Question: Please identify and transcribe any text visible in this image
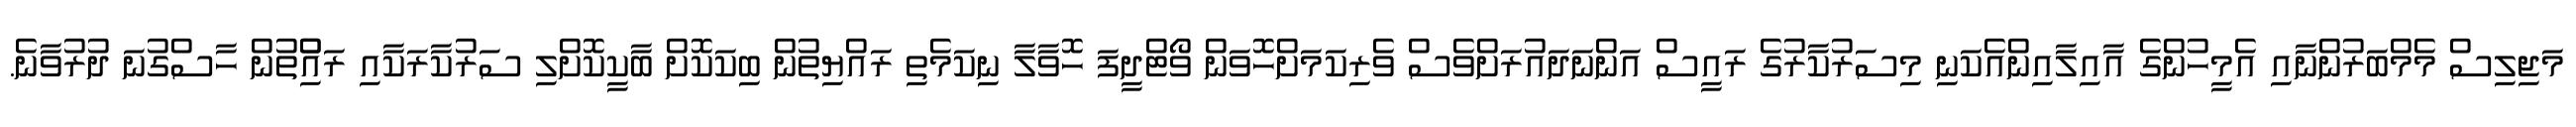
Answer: މަޖިލިސް މެމްބަރުންނާއި އެމީހުންގެ އާއިލާއިންއެކަނި މިސަރުކާރުގެ ރައީސް އަންނަދައުރަށްވެސް ވެރިކަމަށްހޮވަން ވޯޓްދީފަ ހޮވާލާ ނިކަމެތި ރައްޔިތުން ބިކަކޮށް ބާކީކޮށްލި ސަރުކާރަކާއި ރައްުިތުން ހާސްގުނަ ދުރުވާނެ.